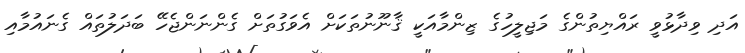
އަދި ވިދާޅުވީ ރައްޔިތުންގެ މަޖިލީހުގެ ޒިންމާއަކީ ޤާނޫނުތަކަށް އެވަގުތަށް ގެންނަންޖެހޭ ބަދަލުތައް ގެނައުމާއި